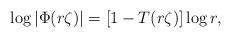
LaTeX: \begin{align*}\log|\Phi(r\zeta)|=[1-T(r\zeta)]\log r,\end{align*}